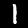
Digit: 1